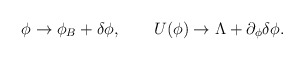
\begin{align*}\phi \to \phi_B + \delta\phi, \qquad U(\phi) \to \Lambda +\partial_\phi \delta\phi.\end{align*}